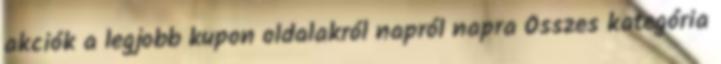
akciók a legjobb kupon oldalakról napról napra Összes kategória